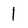
Character: l